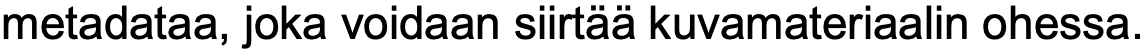
metadataa, joka voidaan siirtää kuvamateriaalin ohessa.